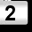
Digit: 2